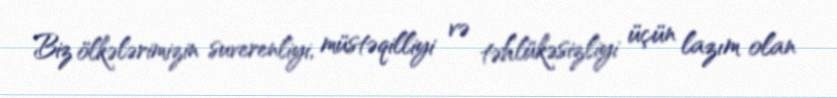
Biz ölkələrimizin suverenliyi, müstəqilliyi və təhlükəsizliyi üçün lazım olan